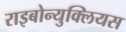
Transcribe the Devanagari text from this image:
राइबोन्युक्लियस